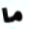
ما